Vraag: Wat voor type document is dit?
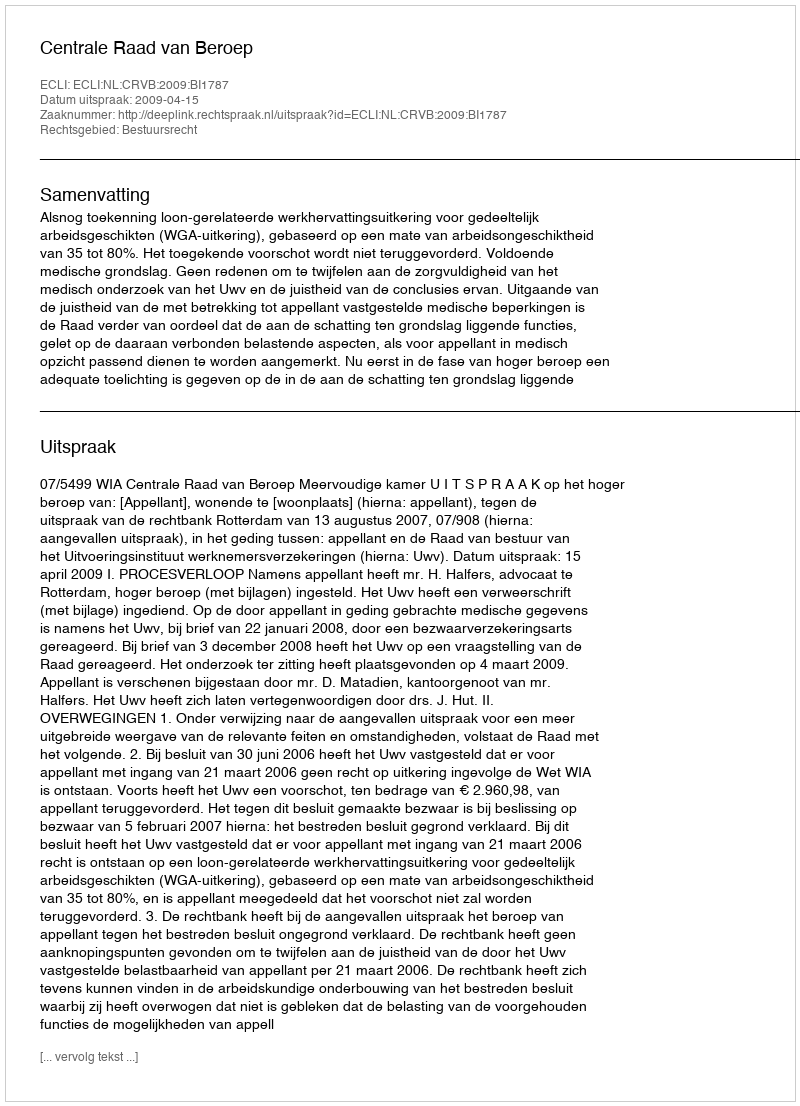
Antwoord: Uitspraak